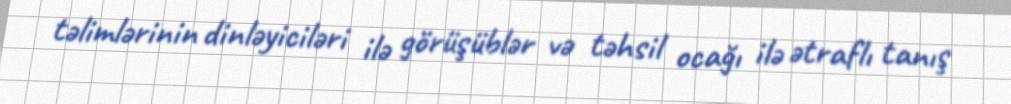
təlimlərinin dinləyiciləri ilə görüşüblər və təhsil ocağı ilə ətraflı tanış